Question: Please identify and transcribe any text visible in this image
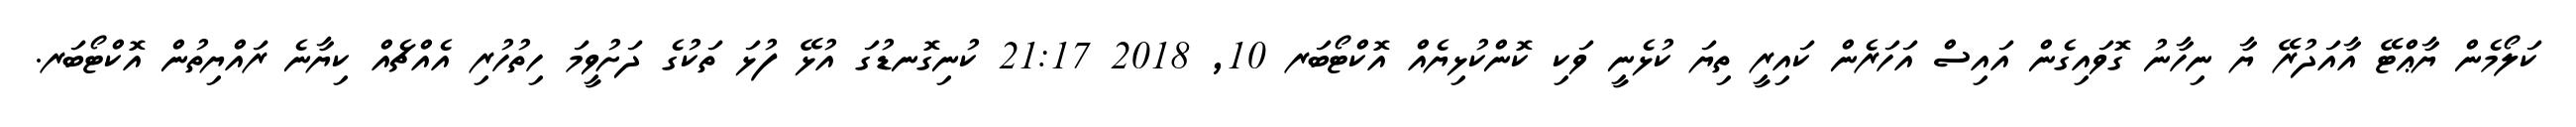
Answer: ކަލޯމެން ޔާޢްޓޭ އާއަދުރޭ ޔާ ނިހާނު ގޮވައިގެން އައިސް އަހަރެން ކައިރީ ތިޔަ ކުޅެނީ ވަކި ކޮންކުޅިޔެއް އޮކްޓޯބަރ 10, 2018 21:17 ކުނިގޮނޑުގަ އުޅޭ ފުޅަ ތަކުގެ ދަށުވީމަ ހިތުހުރި އެއްޗެއް ކިޔާނެ ރައްޔިތުން އޮކްޓޯބަރ.